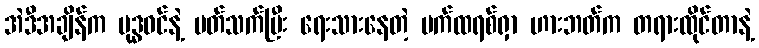
အဲဒီအချိန်က ဗုဒ္ဓဝင်နဲ့ ပတ်သက်ပြီး ရေးသားနေတဲ့ ပက်ထရစ်ရှာ ဟားဘတ်က တရားထိုင်တာနဲ့